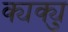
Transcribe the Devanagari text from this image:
क्यक्यु